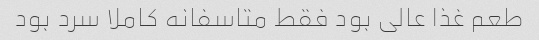
طعم غذا عالی بود فقط متاسفانه کاملا سرد بود